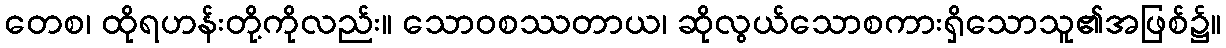
တေစ၊ ထိုရဟန်းတို့ကိုလည်း။ သောဝစဿတာယ၊ ဆိုလွယ်သောစကားရှိသောသူ၏အဖြစ်၌။